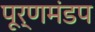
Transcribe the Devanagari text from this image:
पूर्णमंडप